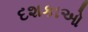
દશકાઓ